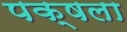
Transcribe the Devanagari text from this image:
पक्षला